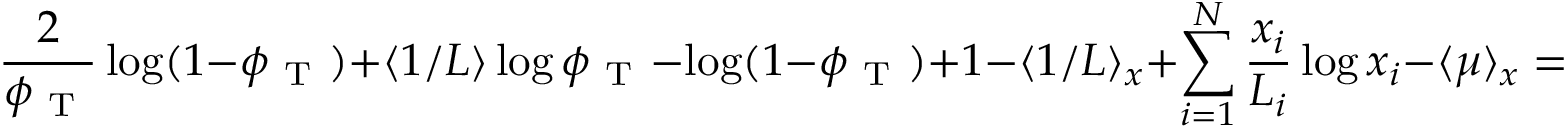
\frac { 2 } { \phi _ { \mathrm { ~ T ~ } } } \log ( 1 - \phi _ { \mathrm { ~ T ~ } } ) + \langle 1 / L \rangle \log \phi _ { \mathrm { ~ T ~ } } - \log ( 1 - \phi _ { \mathrm { ~ T ~ } } ) + 1 - \langle 1 / L \rangle _ { x } + \sum _ { i = 1 } ^ { N } \frac { x _ { i } } { L _ { i } } \log x _ { i } - \langle \mu \rangle _ { x } = 0 .